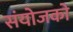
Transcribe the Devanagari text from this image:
संयोजको